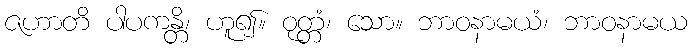
ဇဟာတိ ပါပကန္တိ၊ ဟူ၍။ ဝုတ္တံ၊ သော။ ဘာဝနာမယံ၊ ဘာဝနာမယ